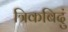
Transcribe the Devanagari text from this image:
त्रिकबिदुं